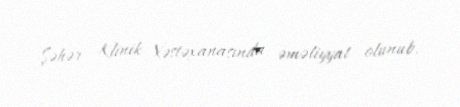
Şəhər Klinik Xəstəxanasında əməliyyat olunub.